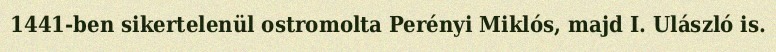
1441-ben sikertelenül ostromolta Perényi Miklós, majd I. Ulászló is.